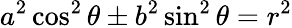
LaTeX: {a^{2}}\cos^{2}\theta\pm{b^{2}}\sin^{2}\theta=r^{2}